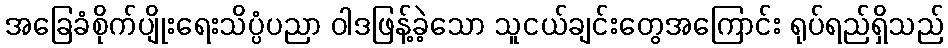
အခြေခံစိုက်ပျိုးရေးသိပ္ပံပညာ ဝါဒဖြန့်ခဲ့သော သူငယ်ချင်းတွေအကြောင်း ရုပ်ရည်ရှိသည်